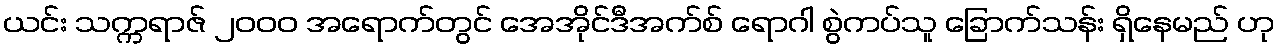
ယင်း သက္ကရာဇ် ၂၀၀၀ အရောက်တွင် အေအိုင်ဒီအက်စ် ရောဂါ စွဲကပ်သူ ခြောက်သန်း ရှိနေမည် ဟု